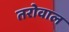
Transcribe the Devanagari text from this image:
तरोवाल